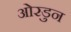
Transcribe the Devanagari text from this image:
ओरडुन